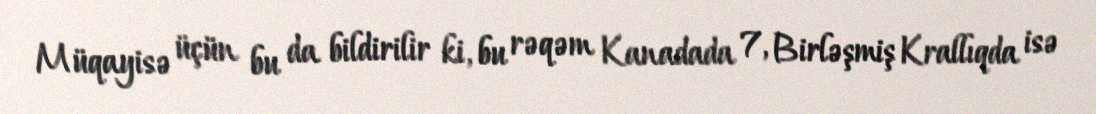
Müqayisə üçün bu da bildirilir ki, bu rəqəm Kanadada 7, Birləşmiş Krallıqda isə